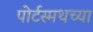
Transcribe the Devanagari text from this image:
पोर्टस्मथच्या